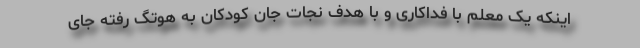
اینکه یک معلم با فداکاری و با هدف نجات جان کودکان به هوتگ رفته جای